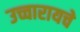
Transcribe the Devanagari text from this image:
उच्चारायचे